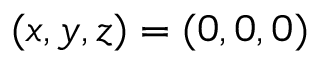
( x , y , z ) = ( 0 , 0 , 0 )